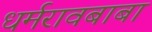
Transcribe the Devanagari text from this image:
धर्मरावबाबा